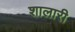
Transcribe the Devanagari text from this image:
शालारी